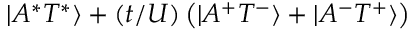
| A ^ { * } T ^ { * } \rangle + ( t / U ) \left( | A ^ { + } T ^ { - } \rangle + | A ^ { - } T ^ { + } \rangle \right)